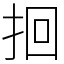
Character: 𫝻